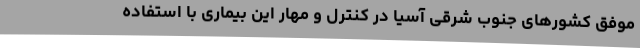
موفق کشورهای جنوب شرقی آسیا در کنترل و مهار این بیماری با استفاده